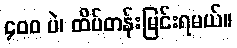
၄၀၀ ပဲ၊ ထိပ်တန်းမြင်းရမယ်။